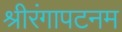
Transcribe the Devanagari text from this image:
श्रीरंगापटनम